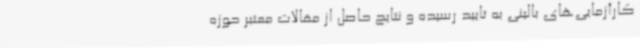
کارآزمایی‌های بالینی به تایید رسیده و نتایج حاصل از مقالات معتبر حوزه